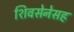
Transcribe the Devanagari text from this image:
शिवसेनेसह